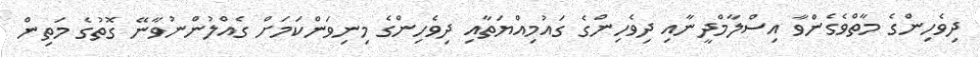
ދިވެހިންގެ މާތްވެގެންވާ އިސްލާމްދީނާއި ދިވެހިންގެ ގައުމިއްޔަތާއި ދިވެހިންގެ މިނިވަންކަމަށް ގެއްލުންނުވާނޭ ގޮތުގެ މަތިން